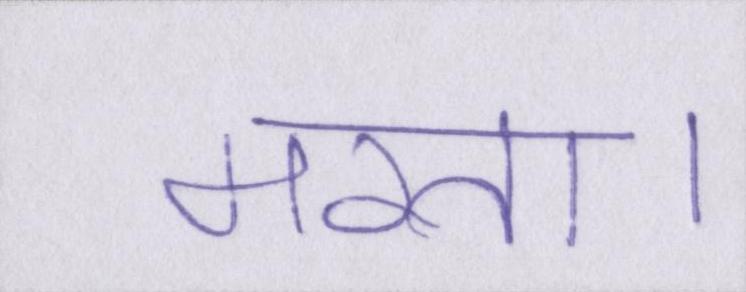
मरता।